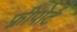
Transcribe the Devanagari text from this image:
फ़्रीपोर्ट